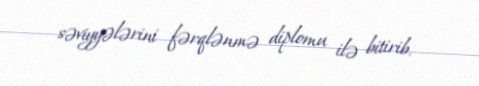
səviyyələrini fərqlənmə diplomu ilə bitirib.